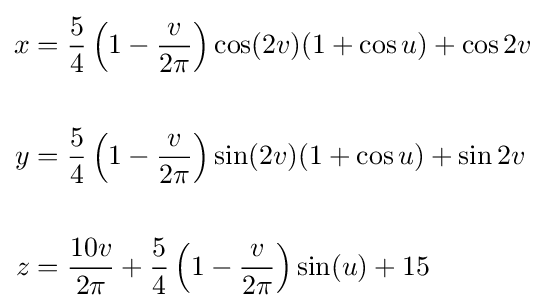
{\begin{aligned}x&{}={\frac {5}{4}}\left(1-{\frac {v}{2\pi }}\right)\cos(2v)(1+\cos u)+\cos 2v\\\\y&{}={\frac {5}{4}}\left(1-{\frac {v}{2\pi }}\right)\sin(2v)(1+\cos u)+\sin 2v\\\\z&{}={\frac {10v}{2\pi }}+{\frac {5}{4}}\left(1-{\frac {v}{2\pi }}\right)\sin(u)+15\end{aligned}}